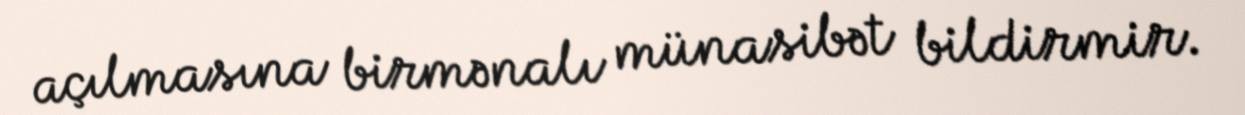
açılmasına birmənalı münasibət bildirmir.